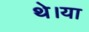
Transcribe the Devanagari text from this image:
थे।या